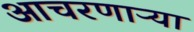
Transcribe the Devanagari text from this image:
आचरणाऱ्या